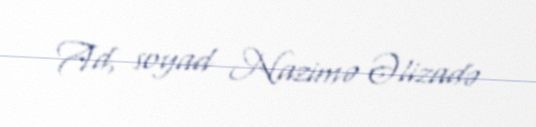
Ad, soyad Nazimə Əlizadə